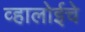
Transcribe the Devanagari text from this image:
व्हालोईचे